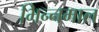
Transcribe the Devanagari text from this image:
भिन्‍नमाल